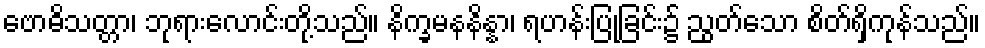
ဗောဓိသတ္တာ၊ ဘုရားလောင်းတို့သည်။ နိက္ခမနနိန္နာ၊ ရဟန်းပြုခြင်း၌ ညွတ်သော စိတ်ရှိကုန်သည်။